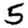
Digit: 5